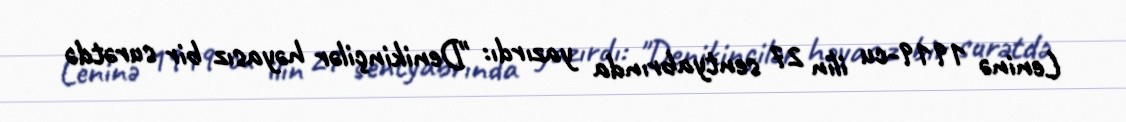
Leninə 1919-cu ilin 27 sentyabrında yazırdı: "Denikinçilər həyasız bir surətdə